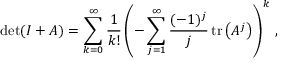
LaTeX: \operatorname* { d e t } ( I + A ) = \sum _ { k = 0 } ^ { \infty } { \frac { 1 } { k ! } } \left( - \sum _ { j = 1 } ^ { \infty } { \frac { ( - 1 ) ^ { j } } { j } } \operatorname { t r } \left( A ^ { j } \right) \right) ^ { k } \, ,